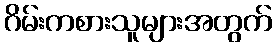
ဂိမ်းကစားသူများအတွက်